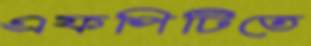
এফপিটিতে